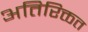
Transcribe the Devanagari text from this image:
अतिरिक्तत